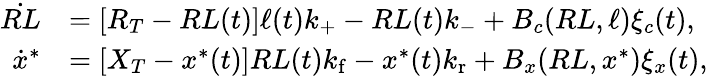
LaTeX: \begin{array}{rl}{\dot{RL}}&{=[R_{T}-RL(t)]\ell(t)k_{+}-RL(t)k_{-}+B_{c}(RL,\ell)\xi_{c}(t),}\\ {\dot{x}^{*}}&{=[X_{T}-x^{*}(t)]RL(t){k_{\mathrm{f}}}-x^{*}(t){k_{\mathrm{r}}}+B_{x}(RL,x^{\ast})\xi_{x}(t),}\end{array}